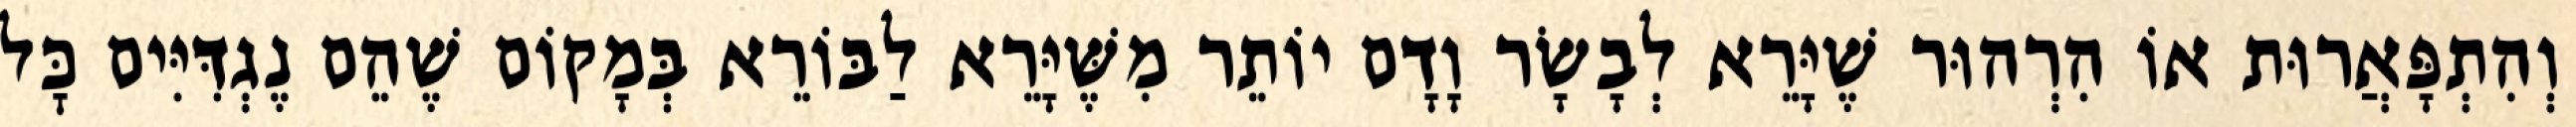
וְהִתְפָּאֲרוּת אוֹ הִרְהוּר שֶׁיָּרֵא לְבָשָׂר וָדָם יוֹתֵר מִשֶּׁיָּרֵא לַבּוֹרֵא בְּמָקוֹם שֶׁהֵם נֶגְדִּיִּים כׇּל